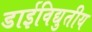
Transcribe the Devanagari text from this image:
डाईविद्युतीय